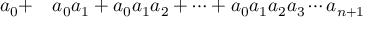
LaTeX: \begin{array} { r l } { a _ { 0 } + } & { { } a _ { 0 } a _ { 1 } + a _ { 0 } a _ { 1 } a _ { 2 } + \cdots + a _ { 0 } a _ { 1 } a _ { 2 } a _ { 3 } \cdots a _ { n + 1 } } \end{array}